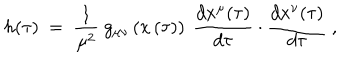
h ( \tau ) \ = \ \frac { 1 } { \mu ^ { 2 } } \ g _ { \mu \nu } \left( x \left( \tau \right) \right) \ \frac { d x ^ { \mu } ( \tau ) } { d \tau } \cdot \frac { d x ^ { \nu } ( \tau ) } { d \tau } \ ,